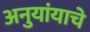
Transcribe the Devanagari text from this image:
अनुयांयाचे